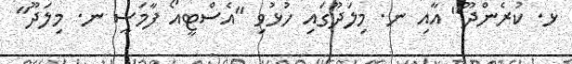
ޅ. ކުރެންދޫ" އާއި ނ. މިލަދޫގައި ހުޅުވި "އެސްޓީއޯ ފާމަސީ ނ. މިލަދޫ"